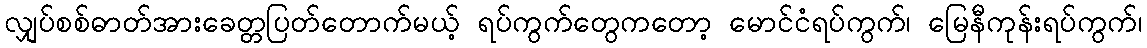
လျှပ်စစ်ဓာတ်အားခေတ္တပြတ်တောက်မယ့် ရပ်ကွက်တွေကတော့ မောင်ငံရပ်ကွက်၊ မြေနီကုန်းရပ်ကွက်၊